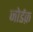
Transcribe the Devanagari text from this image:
जोर्डक़